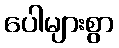
ပေါများစွာ